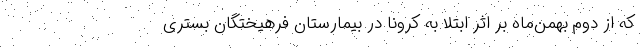
که از دوم بهمن‌ماه بر اثر ابتلا به کرونا در بیمارستان فرهیختگان بستری